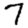
Digit: 7